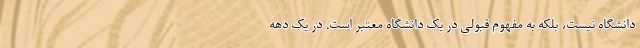
دانشگاه نیست، بلکه به مفهوم قبولی در یک دانشگاه معتبر است. در یک دهه